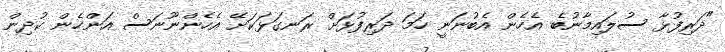
"ދަރިފުޅާ ސުލައިމާނުބެ އެހެން އެބުނަނީ ހަމަ ދަރިފުޅަށް ރަނގަޅަކަށޭ އެހެންނޫނަސް އަންހެން ކުދިން